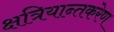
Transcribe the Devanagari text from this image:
क्षत्रियान्तकरेण